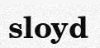
sloyd